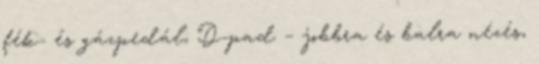
fék- és gázpedál; D-pad – jobbra és balra nézés,